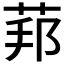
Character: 𦰥